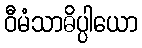
ဝီမံသာဓိပ္ပါယော